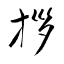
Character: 拶